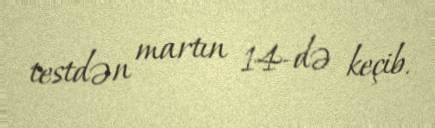
testdən martın 14-də keçib.